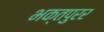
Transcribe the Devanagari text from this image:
भक्तपुरर